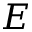
E